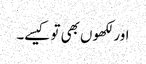
اور لکھوں بھی تو کیسے۔